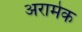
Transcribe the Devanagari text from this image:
अरामेक